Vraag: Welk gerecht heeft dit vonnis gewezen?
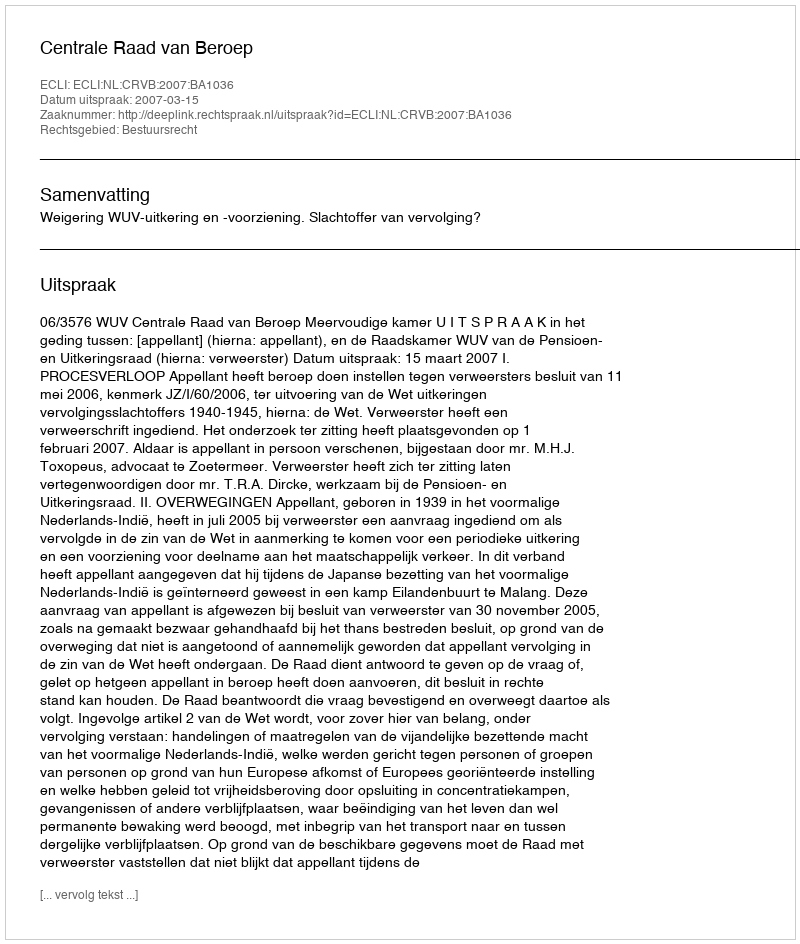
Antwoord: Centrale Raad van Beroep